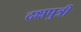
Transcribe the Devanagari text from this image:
दक्षपुत्री